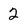
Character: 2